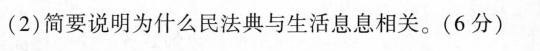
(2)简要说明为什么民法典与生活息息相关。(6分)